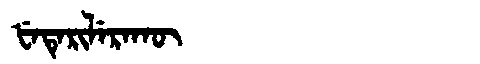
Manchu: ᡶᡝᡨᡝᡵᡳᠯᡝᡵᠠᡴᡡ
Romanization: FETERILERAKŪ